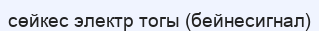
сөйкес электр тогы (бейнесигнал)